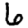
Digit: 6